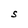
Character: S